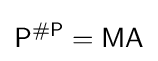
{\mathsf {P^{\#P}}}={\mathsf {MA}}